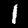
Digit: 1